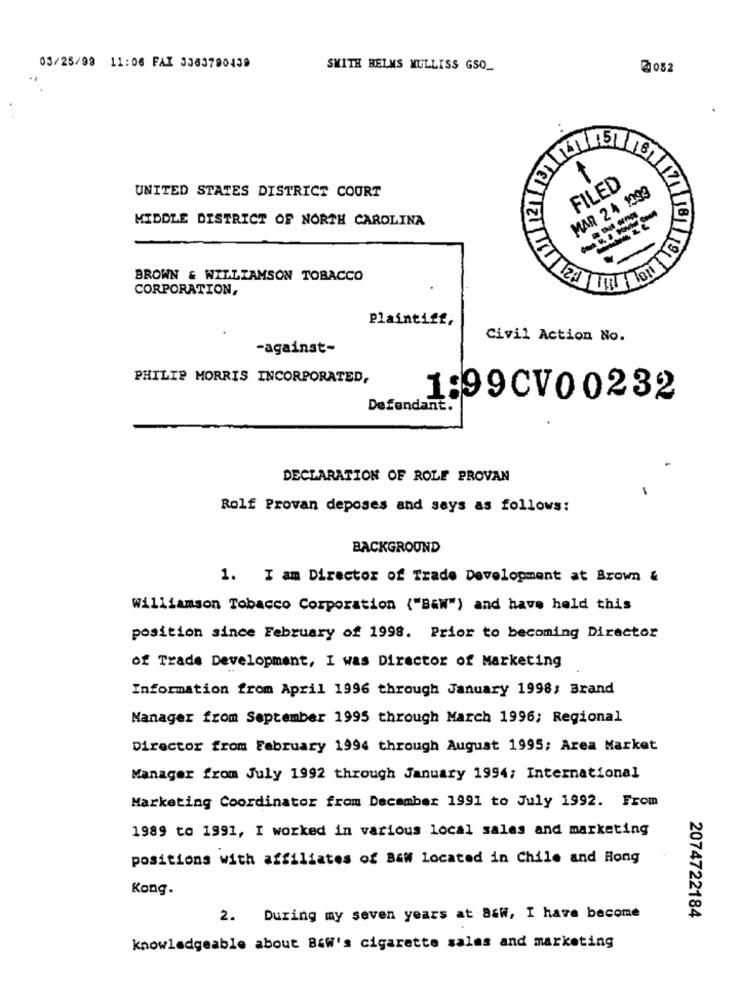
03/25/99 11:06 FAI 3363790439
SMITH HELMS MULLISS GSO_
@052
15
FILED
MAR 2 4 1393
UNITED STATES DISTRICT COURT
MIDDLE DISTRICT OF NORTH CAROLINA
TOT
BROWN & WILLIAMSON TOBACCO
CORPORATION,
Plaintiff,
Civil Action No.
-against-
PHILIP MORRIS INCORPORATED,
1:99CV00232
Defendant.
DECLARATION OF ROLE PROVAN
Rolf Provan deposes and says as follows:
BACKGROUND
1. I am Director of Trade Development at Brown &
Williamson Tobacco Corporation ("Baw") and have held this
position since February of 1998. Prior to becoming Director
of Trade Development, I was Director of Marketing
Information from April 1996 through January 1998; Brand
Manager from September 1995 through March 1996; Regional
Director from February 1994 through August 1995; Area Market
Manager from July 1992 through January 1994; International
Marketing Coordinator from December 1991 to July 1992. From
1989 to 1991, I worked in various local sales and marketing
positions with affiliates of Baw located in Chile and Hong
Kong.
2. During my seven years at Baw, I have become
2074722184
knowledgeable about B&w's cigarette sales and marketing